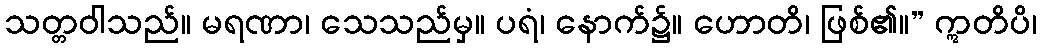
သတ္တဝါသည်။ မရဏာ၊ သေသည်မှ။ ပရံ၊ နောက်၌။ ဟောတိ၊ ဖြစ်၏။” ဣတိပိ၊